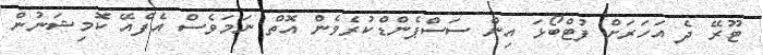
ޓޫރޭ ދެ އަހަރަށް ފުޓްބޯޅަ އިން ސަސްޕެންޑްކުރެވެން އޮތް ނަމަވެސް އެފްއޭ ކޮމިޝަނުން